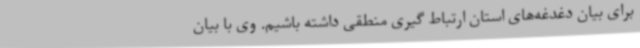
برای بیان دغدغه‌های استان ارتباط گیری منطقی داشته باشیم. وی با بیان